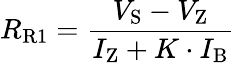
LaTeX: R_{\mathrm{R1}}={\frac{V_{\mathrm{S}}-V_{\mathrm{Z}}}{I_{\mathrm{Z}}+K\cdot I_{\mathrm{B}}}}